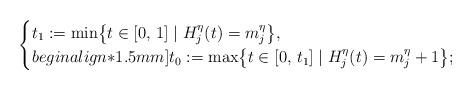
LaTeX: \begin{align*} \begin{cases}t_1 := \min \bigl\{ t \in [0,\,1] \mid H_{j}^{\eta}(t) = m_{j}^{\eta} \bigr\}, \\begin{align*}1.5mm]t_0 := \max \bigl\{ t \in [0,\,t_{1}] \mid H_{j}^{\eta}(t) = m_{j}^{\eta} + 1 \bigr\} ;\end{cases}\end{align*}